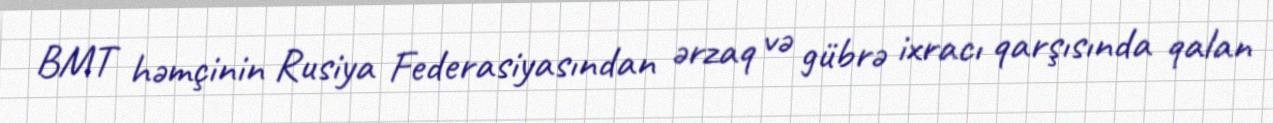
BMT həmçinin Rusiya Federasiyasından ərzaq və gübrə ixracı qarşısında qalan